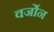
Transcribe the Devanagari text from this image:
वर्जोन